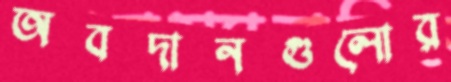
অবদানগুলোর